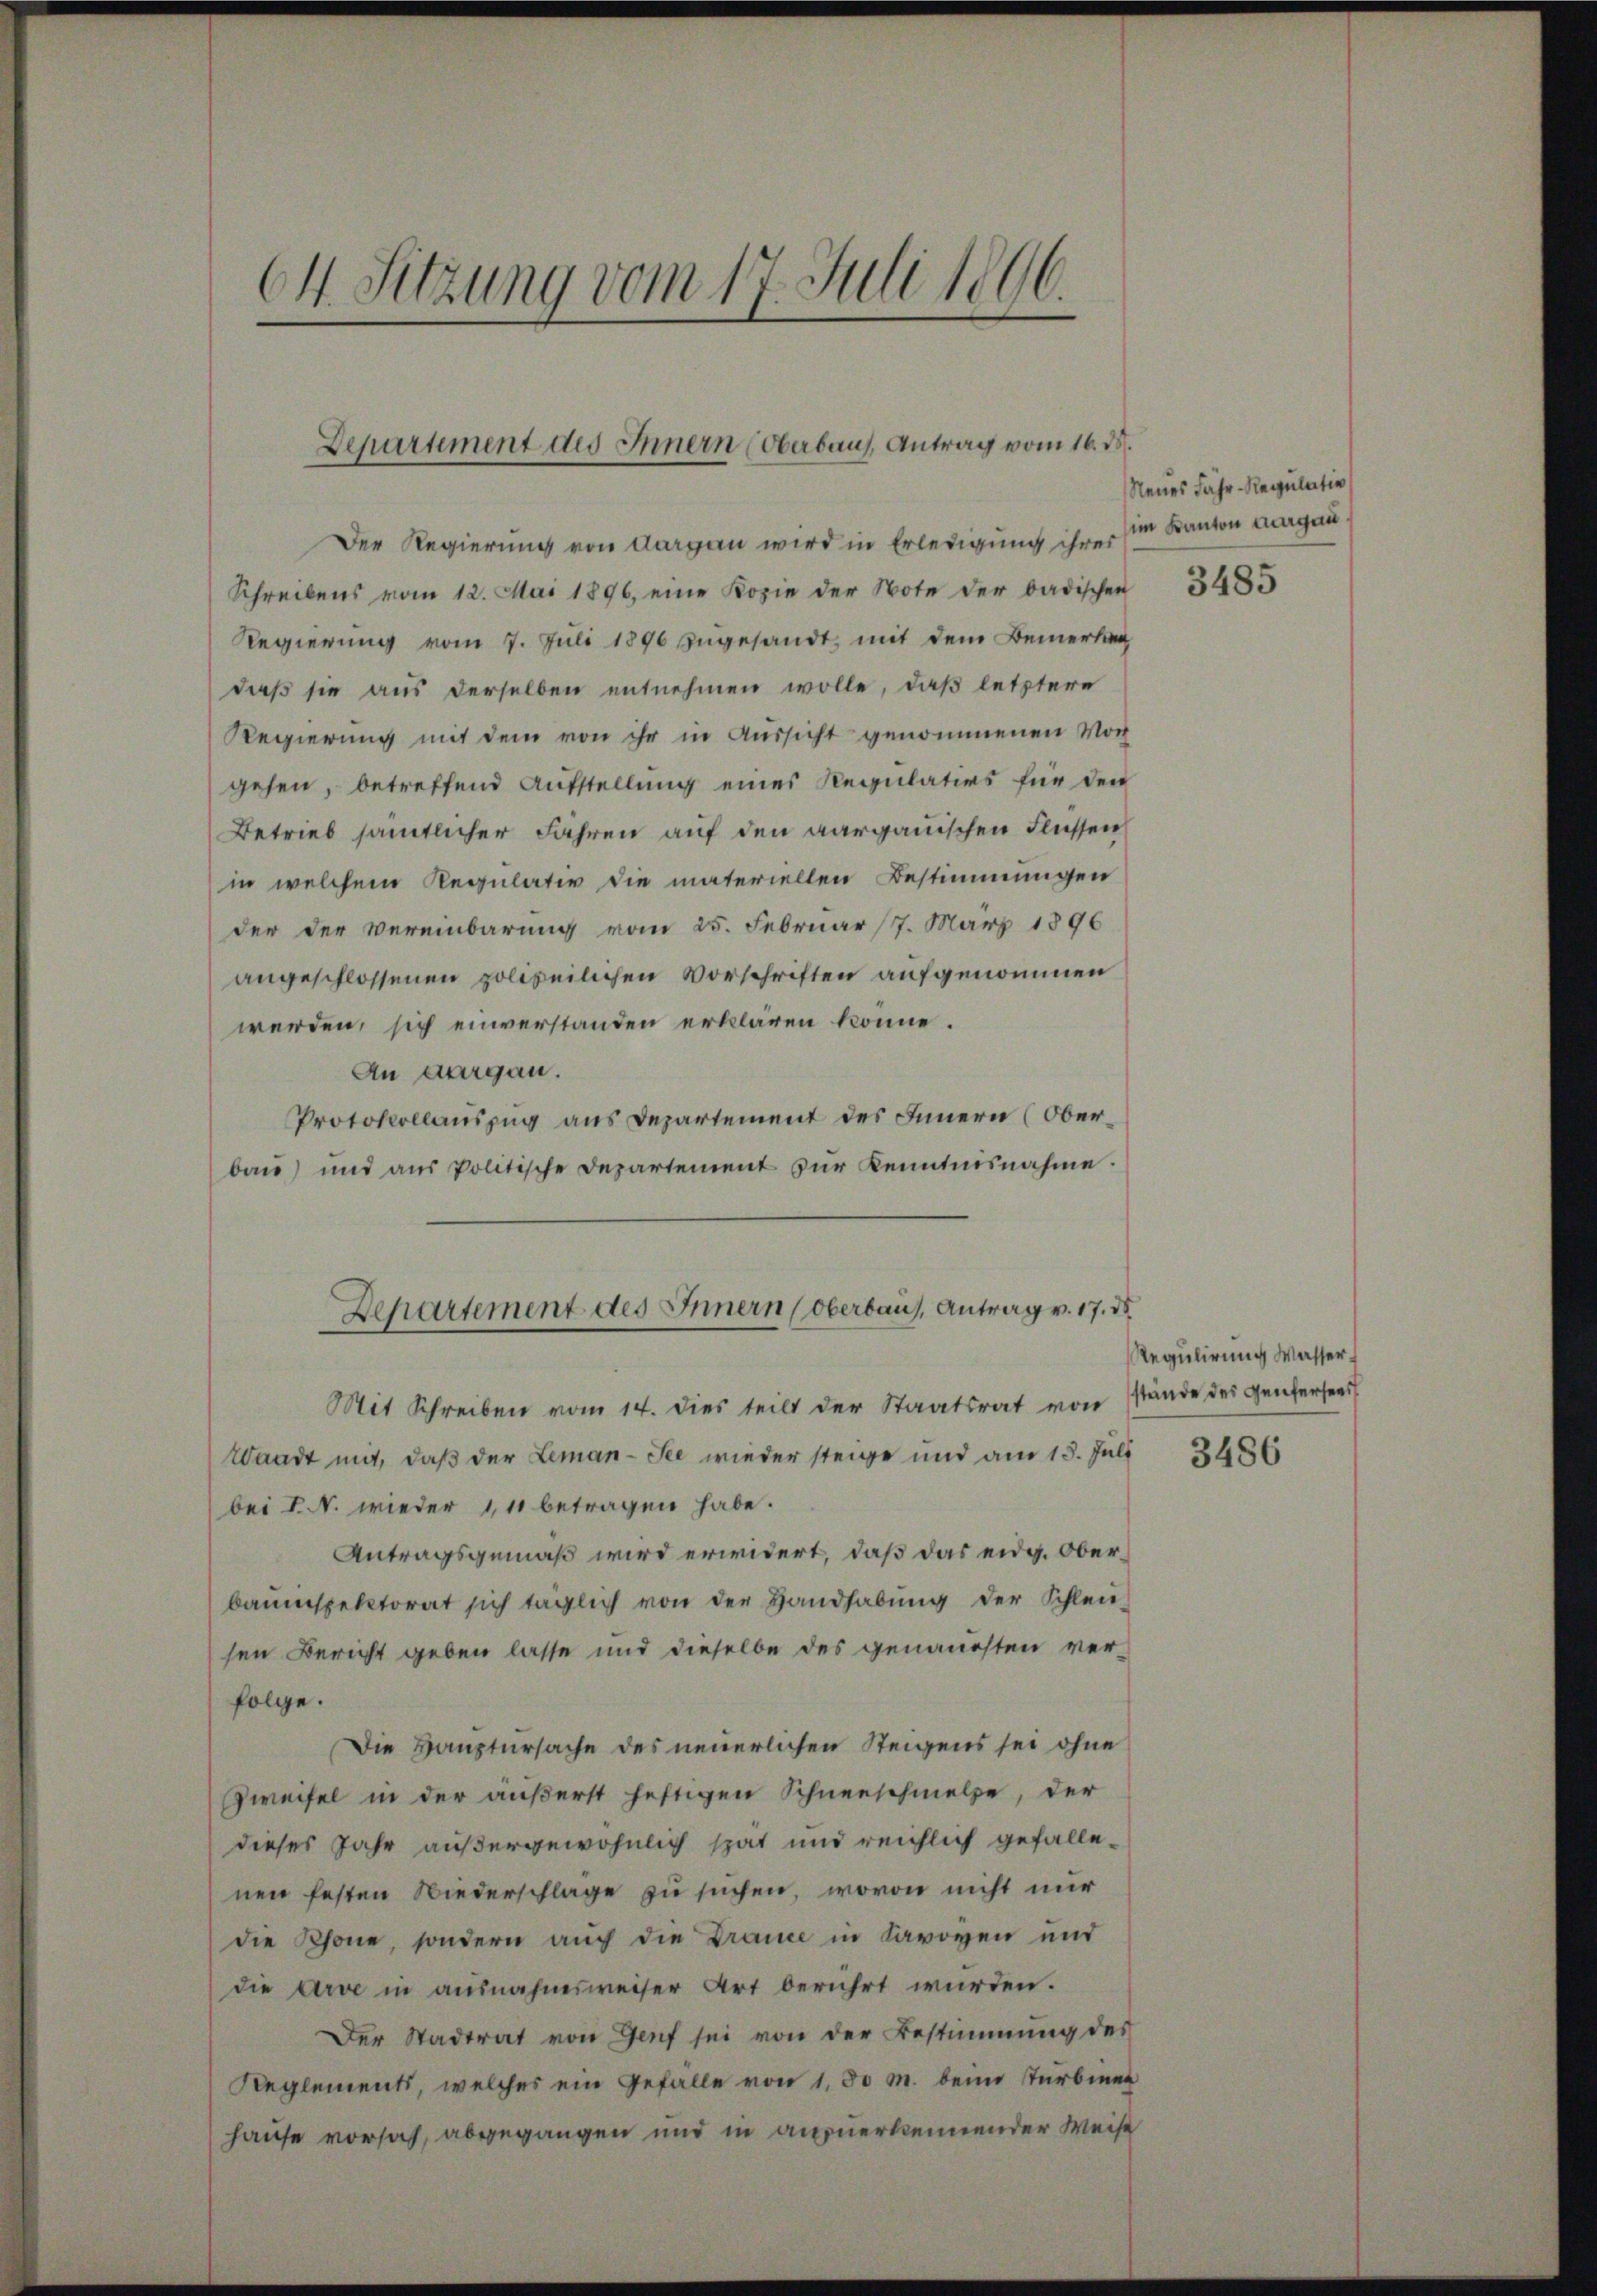
64. Sitzung vom 17. Juli 1866.

Departement des Innern (Oberbaus, Antrag vom 16. ds.

Der Regierung von Aargau wird in Erledigung ihres
Schreibens vom 12. Mai 1896, eine Kopie der Note der badischen
Regierung vom 7. Juli 1896 zugesandt, mit dem Bemerken
daß sie aus derselben entnehmen wolle, daß letztere
Regierung mit dem von ihr in Aussicht genommenen Vor
gehen, betreffend Aufstellung eines Regulatios für den
Betrieb sämtlicher Fähren auf den aargauischen Flüssen
in welchem Regulativ die materiellen Bestimmungen
der der Vereinbarung vom 25. Februar 17. März 1896
angeschlossenen polizeilichen Vorschriften aufgenommen
werden, sich einverstanden erklären könne.
An Aargau.
Protokollauszug aus Departement des Innern (Oberbau) und aus Politische Departement zur Kenntnisnahme.
Mit Schreiben vom 14. dies teilt der Staatsrat von
Waadt mit, daß der Leman-See wieder steige und am 13. Juli
bei I.N. wieder 1, 11 betragen habe.
Antragsgemäß wird erwidert, daß das eidg. Oberbauinspektorat sich täglich von der Handhabŭng der Schleie-
sen Bericht geben lasse und dieselbe des genaussten ver-
folge.
Die Hauptursache des neuerlichen Steigens sei ohne
Zweifel in der äußerst heftigen Schneeschmelze, der
dieses Jahr außergewöhnlich spät und reichlich gefallenen festen Wiederschlage zu suchen, wovon nicht nur
die Schöne, sondern auch die Drance in Savoyen und
die Arve in ausnahmsweiser Art berührt wurden.
Der Stadtrat von Genf sei von der Bestimmung des
Reglement, welches ein Gefalle von 1,50 M. beim Turbinet
hause vorsah, abgegangen und in anzuerkennender Weise

Departement des Innern (Oberbaus, Antrag v. 17. ds.

Neues Fahr-Regulativ
im Kanton Aargau
3485

Regulirung Wasserstände des Genfersees

3486